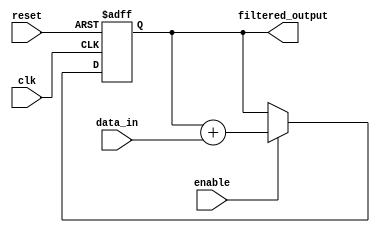
module fir_filter_accumulator (
  input wire clk,
  input wire reset,
  input wire enable,
  input wire signed [15:0] data_in,
  output wire signed [15:0] filtered_output
);

reg signed [15:0] accumulator;

always @(posedge clk or posedge reset) begin
  if (reset) begin
    accumulator <= 16'b0;
  end else if (enable) begin
    accumulator <= accumulator + data_in;
  end
end

assign filtered_output = accumulator;

endmodule